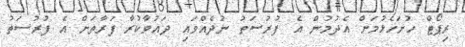
ރިޕޯޓް ހުށަހެޅުމަށް އެދުމުން އެ ފުރުސަތު ނުދެއްވައި ދައުވާކުރާ ފަރާތަށް އެ ފުރުސަތު